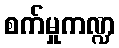
စက်မှုကဏ္ဍ